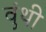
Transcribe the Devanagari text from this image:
वुंथी